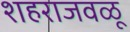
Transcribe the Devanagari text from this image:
शहराजवळू